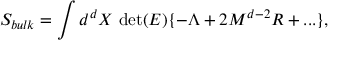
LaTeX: S _ { b u l k } = \int d ^ { d } X ~ \mathrm { d e t } ( E ) \{ - \Lambda + 2 M ^ { d - 2 } R + . . . \} ,